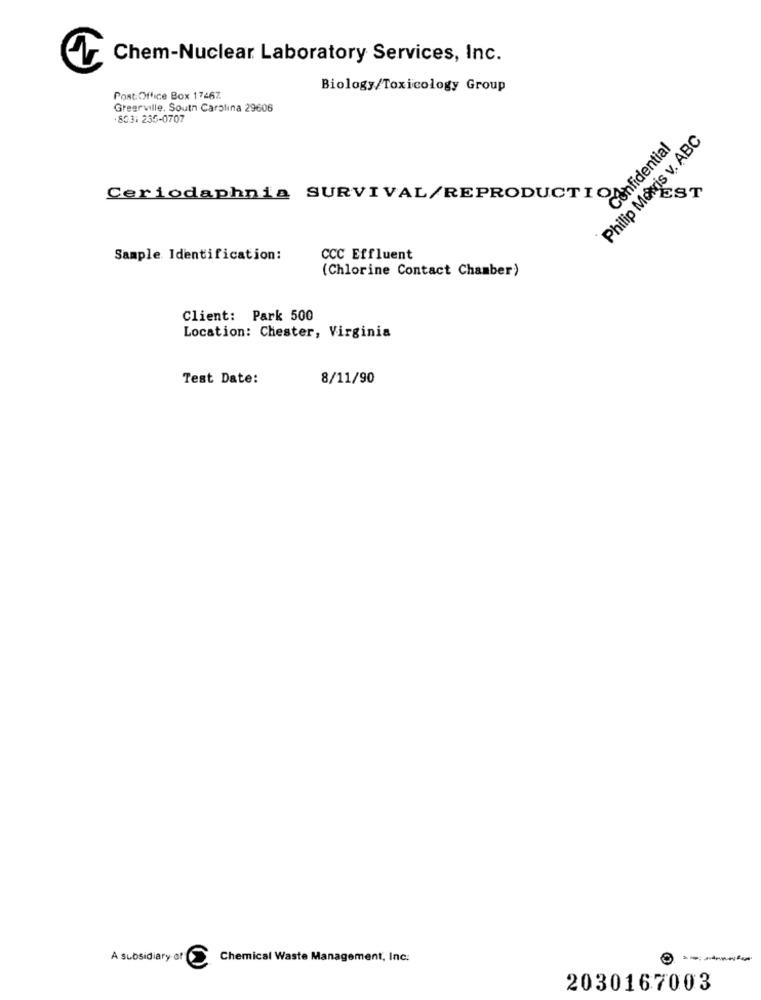
Chem-Nuclear Laboratory Services, Inc.
Biology/Toxicology Group
Post Office Box 17467.
Greerville, South Carolina 29606
803: 235-0707
Philip Morris v. ABC
Confidential
Ceriodaphnia SURVIVAL/REPRODUCTION 5
EST
Sample Identification:
CCC Effluent
(Chlorine Contact Chamber)
Client: Park 500
Location: Chester, Virginia
Test Date:
8/11/90
A subsidiary of
Chemical Waste Management, Inc.
----
2030167003